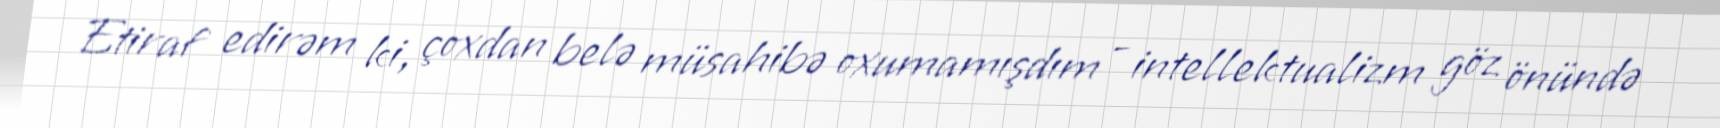
Etiraf edirəm ki, çoxdan belə müsahibə oxumamışdım - intellektualizm göz önündə